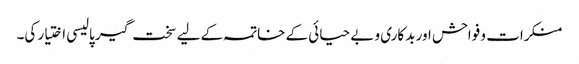
منکرات و فواحش اور بدکاری و بے حیائی کے خاتمہ کے لیے سخت گیر پالیسی اختیار کی۔